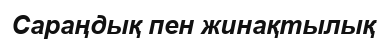
Сараңдық пен жинақтылық